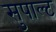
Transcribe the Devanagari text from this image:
सुपाल्ट